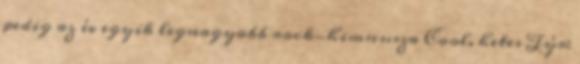
pedig az év egyik legnagyobb rock-himnusza Cool. hetes Týr: